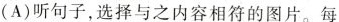
(A)听句子，选择与之内容相符的图片。每